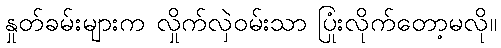
နှုတ်ခမ်းများက လှိုက်လှဲဝမ်းသာ ပြုံးလိုက်တော့မလို။